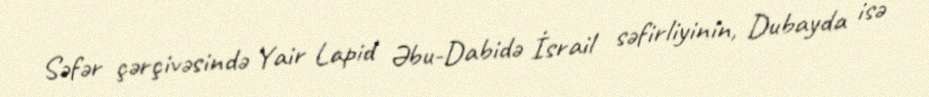
Səfər çərçivəsində Yair Lapid Əbu-Dabidə İsrail səfirliyinin, Dubayda isə